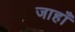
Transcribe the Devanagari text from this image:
जाहाँ